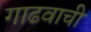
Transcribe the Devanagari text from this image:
गाढवाची